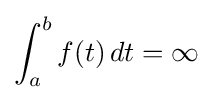
\int _{a}^{b}f(t)\,dt=\infty